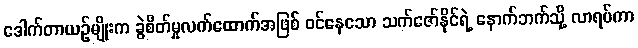
ဒေါက်တာယဉ်မျိုးက ခွဲစိတ်မှုလက်ထောက်အဖြစ် ဝင်နေသော သက်ဇော်နိုင်ရဲ့ နောက်ဘက်သို့ လာရပ်ကာ